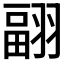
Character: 𦑭